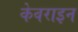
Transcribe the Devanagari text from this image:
केवराइन